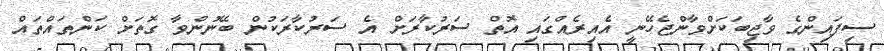
ސިފައިންގެ ވާޖިބަކަށްވާންޖެހޭނީ އެއިރެއްގައި އޮތް ސަރުކާރަށް އެ ސަރުކާރަކުން ބޭނުންވާ ގޮތަށް ކަންތައްތައް